Sketch of the medical history of the native army of Bombay, for the year
Year: 1875
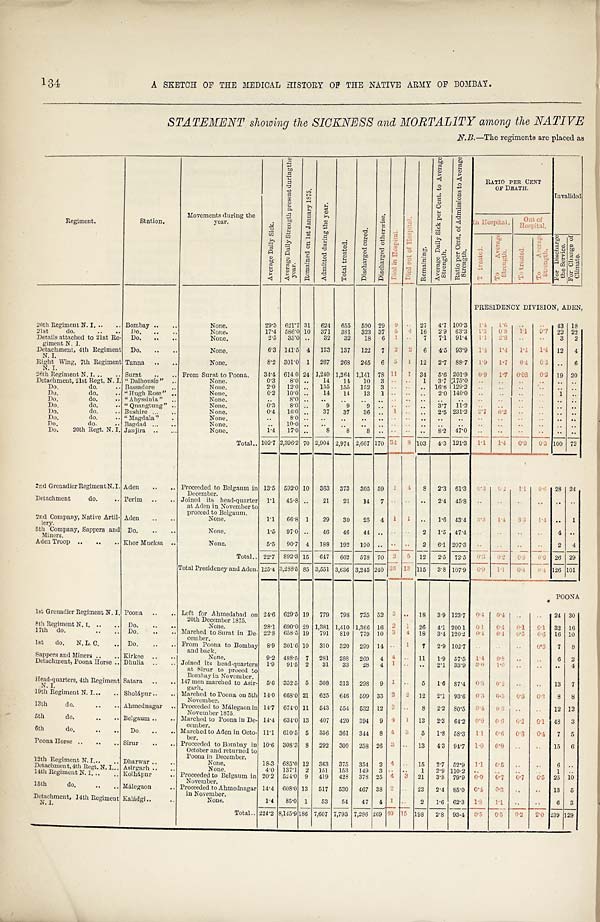
134
A SKETCH OF THE MEDICAL HISTORY OF THE NATIVE ARMY OF BOMBAY.
STATEMENT showing the SICKNESS and MORTALITY among the NATIVE
N.B.—The regiments are placed as
Re g i me n t .
Station.
Movements during the
year.
A v e r a g e D a i l y S i c k .
A v e r a g e D a i l y S t r e n g t h p r e s e n t d u r i n g t h e y e a r .
R e m a i n e d o n 1 s t J a n u a r y 1 8 7 5 .
A d m i t t e d d u r i n g t h e y e a r .
T o t a l t r e a t e d .
D i s c h a r g e d c u r e d . D i s c h a r g e d o t h e r w i s e . D i e d i n H o s p i t a l .
D i e d o u t o f H o s p i t a l .
R e m a i n i n g .
A v e r a g e D a i l y S i c k p e r C e n t . t o A v e r a g e S t r e n g t h .
R a t i o p e r C e n t . o f A d m i s s i o n s t o A v e r a g e S t r e n g t h .
RATIO PER CENT
OF DEATH.
Invalided
In Hospital.Out of Hos pi t a l .
To t r e a t e d .
To treated.
T o A v e r a g e S t r e n g t h .
T o A v e r a g e S t r e n g t h . F o r D i s c h a r g e t h e S e r v i c e .
F o r C h a n g e o f C l i m a t e .
PRESIDENCY DIVISION, ADEN,
20th Regiment N. I. . .. Bombay .. ..
None.
29.3 621.7 31 624 655 590 29
9 . . 27 4.7 100.3 1.4 1.6 . . . . 43 18
17.4 586.0 10 371 381 323 37 5 . . 16 2.9 63.3 1.3
0 . 8
1 . 1 0 . 7 22 22
21st
do.
Do.
None.
2.5 35.0 .. 32 32
1 8 6 1 . . . 7 7.1 91.4 1.1 2.8 . . . . 3 2
Details attached to 21st Re-
giment N. I.
Do. .. ..
None.
Do. .. ..
None.
6.3
1 4 1 . 5 4 133 137 122 7 2 2 2 6
4 . 5 93.9 1.4 1.4
1 . 4 1 . 4 12 4
Detachment, 4th Regiment
N. I.
Tanga .. ..
None.
8.2 301.0 1 267 268 245 6 5 1 1 12 2.7 88.7 1.9 1.7
0 . 4
0 . 3 . . 6
Right Wing , 7th Regiment N. I.
26t h Regi ment N. I. . .
. .
Surat .. .. From Surat to Poona. 34.4 614.0 24 1,240 1,264 1,141 78 1 1 1 34 5.6 201.9 0.9 1.7
0 . 0 8
0 . 2 19 20
0.3 8.0 .. 14 11 10 3 . . . . 1 3.7 :175.0
. . . .
. .
. . . . . .
Detachment, 21st Regt. N. I. " Dalhousie" .
None.
2.0 12.0 .. 155 155 152 3 . . . . .. 16.6 129.2
. . . . ..
. . . . ..
Do.
do.
Bassadore
None.
Do.
do. .. " Hugh Rose" ..
None.
0.2 10.0 .. 14 14 13 1 . . . . .. 2.0 140.0
. . . . . .
. . 1 ..
Do.
do.
. " Abyssinia " ..
None.
. .
8 . 0 . .
. . . .
. . . . . . . . .. . .
. .
. . . . . . . . . . ..
Do.
do. .. " Qnangtung"
None.
0.3 8.0 .. 9 9 9 .. . . . . . . 3.7 11.2
. . . .
. .
. . . . . .
Do.
do. .. Bushire ... ..
None.
0.4 16.0 .. 37 37 36 .. 1 . . .. 2.5 231.2
2 . 7 6 . 2 . .
. . .. . .
Do.
do.
. . " Magdala" .
None.
. .
8 . 0 . .
. .
. .
. . . . . . . . . . . .
. .
. . . .
. .
. . . .
. .
Do.
do.
. . Bagdad
..
None.
. .
1 0 . 0 . .
. .
. .
. . . . . . . . . . .. ..
. . . .
. . . .
. . . .
Do. 20th Rest. N. I.
J a n j i r a
None.
1.4 17.0 . . 8 8
. . . . . . . . . . 8.2 47.0
. .
. . . . . . . . . .
Total.. 102.7 2,396.2 70 2,904 2,974 2,667 170
3 4
8 103
4 . 3
121.3 1.1
1 . 4
0.3 0.3 100 72
2nd Grenadier RegimentN. I. Aden .. .. Proceeded to Belgaum in
December.
13.5 592.0 10 363 373 305 59
1 4
8 2.3 61.3
0 . 3
0 . 2
1. 1 0.6 28 24
Detachment
do. .. Perim .. .. Joined its head-quarter
at Aden in November to
proceed to Belgaum.
1.1 45.8 .. 21 21 14 7 . . . . . . 2.4 45.8
. . . . . . . . . . . .
1.1 66.8 1 29 30 25 4 1 1 .. 1.6 43.4
3 . 3 1.4
3 . 3 1 . 4 . .
1
2nd Company, Native Artil-
lery.
Aden .. ..
None.
1.5 97.0 .. 46 46 44 .. . . . . 2 1.5 47.4
. . . . . . . . 4 ..
5th Company, Sappers and
Miners.
Do. .. ..
None.
Aden Troop .. . . ... Khor Mucksa ..
None.
5.5 90.7 4 188 192 190 .. . . . . 2 6.1 207.3
. . . . . .
. . 2 4
Total.. 22.7 892.3 15 647 662 578 70 2 5 12 2.5 72.5
0 . 3 0.2
0 . 8 0 . 6 26 29
Total Presidency and Aden. 125.4 3,288.5 85 3,551 3,636 3,245 240 36 1 3 115 3.8 107.9 0.9
1 . 1 0 . 4 0 . 4 126 101
POONA
1st Grenadier Regiment N. I. Poona .. .. Left for Ahmedabad on
20th December 1875.
24.6 629.5 19 779 798 725 52 3 . . 18 3.9 123.7 0.4 0.4 ..
. . 24 30
8th Regiment N. I. .. .. Do. .. ..
None.
28.1 690.0 29 1,381 1,410 1,366 16 2 1 26 4.1 200 1 0.1 0.4 0.1 0.1 32 16
17th do.
.. .. Do. .. .. _Marched to Surat in De-
cember.
22.8 658.5 19 791 810 779 10 3 4 18 3.4 120.2
0 . 4 0.4
0 . 5 0.6 16 10
1st do. N. L. C. .. Do. .. ., From Poona to Bombay
and back.
8.9 301.6 10 310 320 299 14 . . 1 7 2.9 102.7
. . . . . . 0.3 7 8
Sappers and Miners .. .. Kirkee .. ..
None.
9.2 488.5 7 281 288 269 4 4 . . 11 1.9 57.5
1 . 4 0.8 . .
. . 6 2
Detachment, Poona Horse .. Dhulia .. .. Joined its head-quarters
at Sirur to proeed to
Bombay in November.
1.9 91.5 2 31 33 28 4 1 . . . . 2.1 33.9
3 . 0 1.0 . .
. . . . 4
Head-quarters, 4th Regiment
N. I.
Satara .. .. 147 men marched to Asir-
garh.
5.6 352.5 5 308 313 298 9 1 . . 5 1.6 87.4
0 . 3 0.2 . .
. . 13 7
19th Regiment N. I... .. Shohápur .. .. Marched to Poona on 5th November 14.0 668.0 21 625 646 599 33 2 2 12 2.1 93.6 0.3 0.3 0.3 0.3 8 8
13th
do.
.. .. Ahmednagar .. Proceeded to Málegaon in
November 1875.
14.7 674.0 11 543 554 532 12 2 . . 8 2.2 80.5
0 . 4 0.3 . .
. . 12 12
5th
do.
.. .. Belgaum .. .. Marched to Poona in De-cember. 14.4 634.0 13 407 420 394 9 4 1 13 2.3 64.2
0 . 9 0.6 0.2 0.1 48 3
6th
do.
.. .. Do. .. .. Marched to Aden in Octo-
bor.
11.1 610.5 5 356 361 344 8 4 3 5 1.8 58.3 1.1 0.6
0 . 8
0 . 4 7 5
Poona Horse .. .. .. Sirur .. .. Proceeded to Bombay in
Oct ober and ret urned t o Poona i n December. 10.6 308.3 8 292 300 258 26 3 . . 13 4.3 94.7
1 . 0 0.9
. . . . 15 6
12th Regiment N. I... .. Dharwar .. ..
None.
18.3 685.0 12 363 375 354 2 4 . . 15 2.7 52.9
1 . 1 0.5 . .
. . 6 ..
Detachment, 4th Regt. N. I.. . Asirgarh
None.
4.0 137.1 2
1 5 1 153 149 3 . . . . 1 2.9 110.2 ..
. .
. .
. . 1 . .
14th Regiment N. I. .. .. Kolhápur
.. Proceeded to Belgaum in November. 20.2 524.0 9 419 428 378 25 4 3 21 3.8 79.9 0.9
0 . 7 0.7
0 . 7 25 10
15th
do.
.. .. Málegaon
.. Proceeded to Ahmednagar
in November.
14.4 608.0 13 517 530 467 38 2 . . 23 2.4 85.0 0.4 0.3
. . . . 13 5
Detachment, 14th Regiment
N. I.
Kaládgi ..
None.
1.4 85.0 1 53 54 47 4 1
. . 2 1.6 62.3
1 . 8 1.1 . .
. . 6 3
Total .. 224.2 8,145.9 186 7,607 7,793 7,2 86 269 4 0 1 5 198 2.8 93.4
0 . 5 0.5 0.2 2.0
2 3 9
129